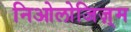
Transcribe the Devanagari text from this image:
निओलोजिज़्म